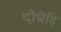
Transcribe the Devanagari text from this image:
दोघेहि